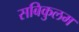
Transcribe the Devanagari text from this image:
सबिकुलम